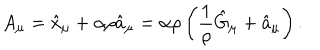
LaTeX: A _ { \mu } = \hat { x } _ { \mu } + \alpha \rho \hat { a } _ { \mu } = \alpha \rho \left( \frac { 1 } { \rho } \hat { G } _ { \mu } + \hat { a } _ { \mu } \right) .